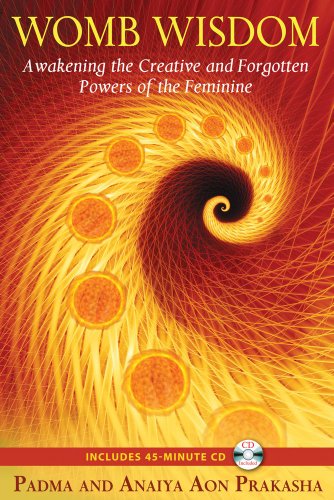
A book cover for Womb Wisdom: Awakening the Creative and Forgotten Powers of the Feminine; Padma Aon Prakasha; Religion & Spirituality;